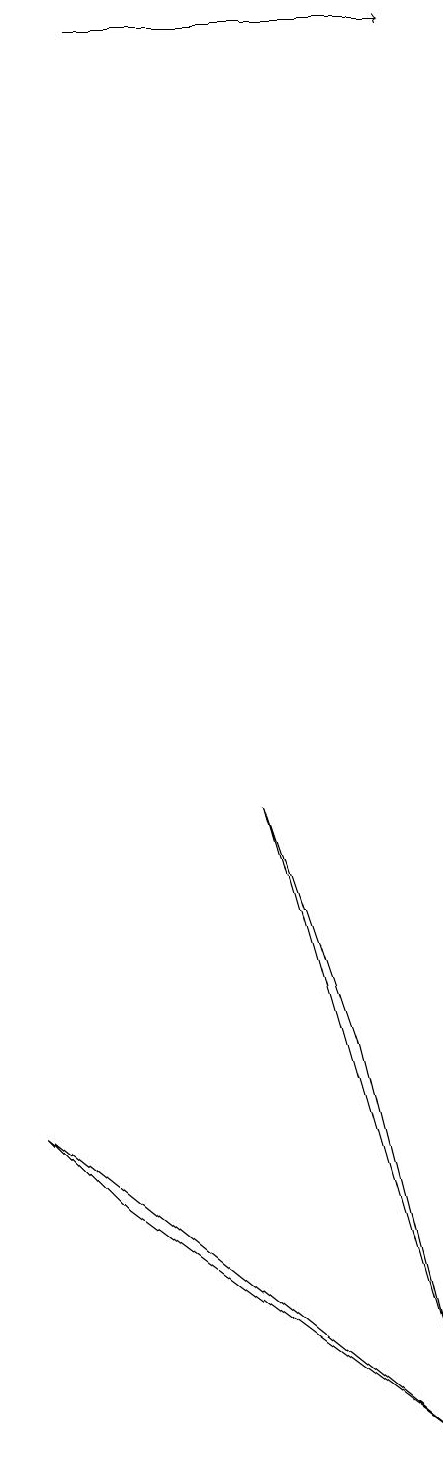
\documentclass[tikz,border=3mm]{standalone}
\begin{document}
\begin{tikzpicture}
\draw (3,8) -- (4,5) -- (5,1) -- cycle;
\draw[->] (1,18) -- (5,18);
\draw (1,3) -- (0,4) -- (5,0) -- cycle;
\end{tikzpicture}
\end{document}